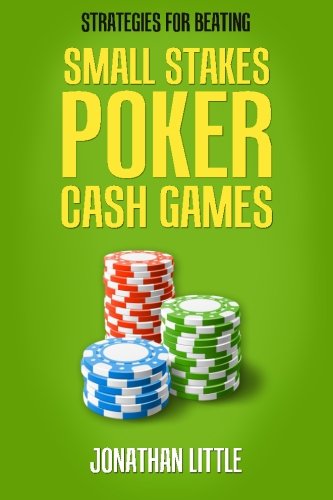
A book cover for Strategies for Beating Small Stakes Poker Cash Games; Jonathan Little; Humor & Entertainment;